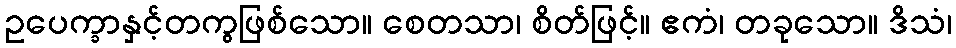
ဥပေက္ခာနှင့်တကွဖြစ်သော။ စေတသာ၊ စိတ်ဖြင့်။ ဧကံ၊ တခုသော။ ဒိသံ၊